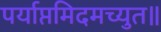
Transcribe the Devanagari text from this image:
पर्याप्तमिदमच्युत॥